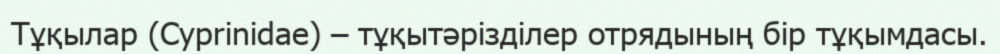
Тұқылар (Cyprіnіdae) – тұқытәрізділер отрядының бір тұқымдасы.